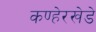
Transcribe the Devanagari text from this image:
कण्हेरखेडे